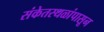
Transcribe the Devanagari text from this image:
संकेतस्थळांपासून